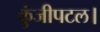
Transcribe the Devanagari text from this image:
कुंजीपटल।